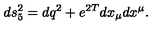
d s _ { 5 } ^ { 2 } = d q ^ { 2 } + e ^ { 2 T } d x _ { \mu } d x ^ { \mu } .